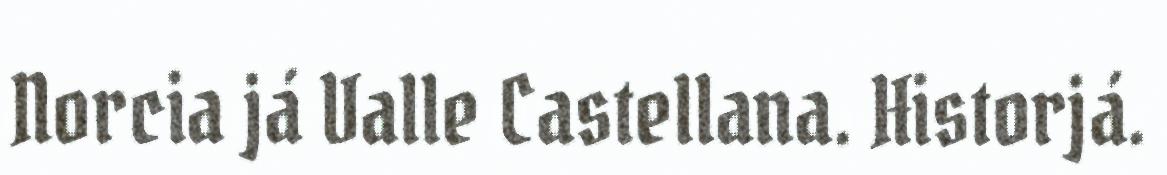
Norcia já Valle Castellana. Historjá.